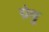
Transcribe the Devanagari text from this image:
ग्रंथु